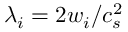
\lambda _ { i } = 2 w _ { i } / c _ { s } ^ { 2 }